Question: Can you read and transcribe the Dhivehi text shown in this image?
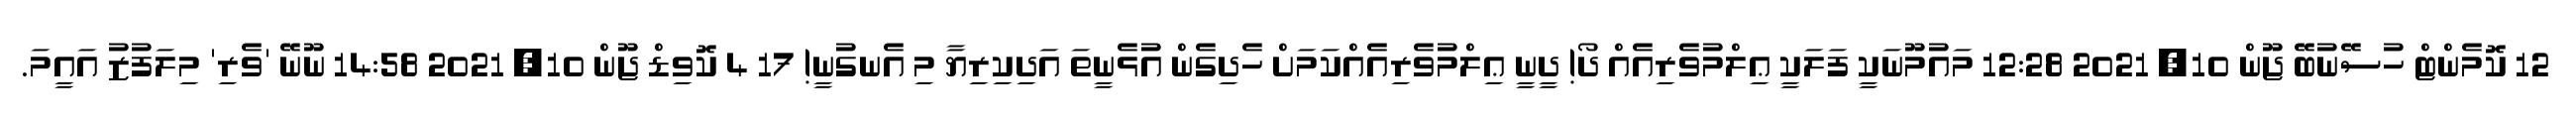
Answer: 12 ކޮމެންޓް ހުސޭނުބޭ ޖޫން 10, 2021 12:28 މައުމޫނަކީ ފަލަކީ ޢިލްމުވެރިއެއް ދޯ! ދީނީ ޢިލްމުވެރިއެއްކަމަށް ހެދިގެން އުޅެނީތަ އަދިކިރިޔާ މި އެނގުނީ! 17 4 ކޮވިޑް ޖޫން 10, 2021 14:58 ނޫނޭ 'ވެރި' މިލަފުޒު އައީމަ.